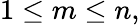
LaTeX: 1\leq m\leq n,